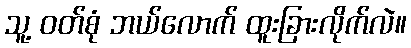
သူ့ ဝတ်စုံ ဘယ်လောက် ထူးခြားလိုက်လဲ။